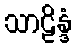
သာဠိန္ဒံ